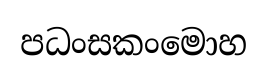
පධංසකංමොහ